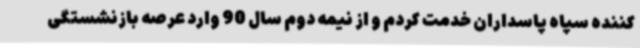
کننده سپاه پاسداران خدمت کردم و از نیمه دوم سال 90 وارد عرصه بازنشستگی